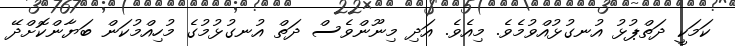
ކަމަކީ ދަތްޕުޅު އުނގުޅުއްވުމެވެ. މިއެވެ. އަދި މިނޫންވެސް ދަތް އުނގުޅުމުގެ މުހިއްމުކަން ބަޔާންކޮށްދޭ